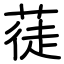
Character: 蓗